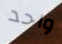
واحد